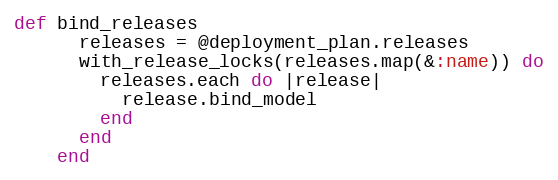
Language: Ruby
def bind_releases
      releases = @deployment_plan.releases
      with_release_locks(releases.map(&:name)) do
        releases.each do |release|
          release.bind_model
        end
      end
    end